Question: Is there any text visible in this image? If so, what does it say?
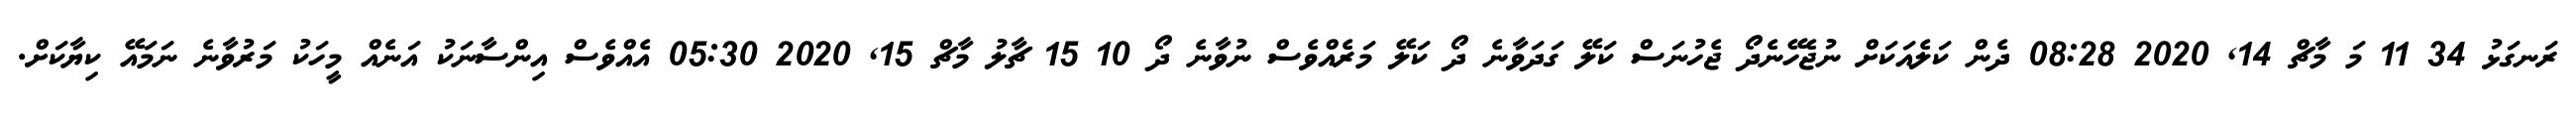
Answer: ރަނގަޅު 34 11 މަ މާޗް 14, 2020 08:28 ދެން ކަލެއަކަށް ނުޖެހޭނެދޯ ޖެހުނަސް ކަލޭ ގަދަވާނެ ދޯ ކަލޭ މަރެއްވެސް ނުވާނެ ދޯ 10 15 ޗާލު މާޗް 15, 2020 05:30 އެއްވެސް އިންސާނަކު އަނެއް މީހަކު މަރުވާނެ ނަމައޭ ކިޔާކަށް.